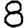
Digit: 8